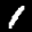
Label: 1